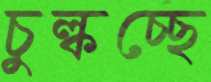
চুল্‌কচ্ছে